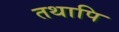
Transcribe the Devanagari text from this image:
तथापि